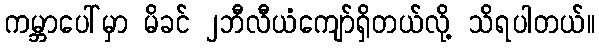
ကမ္ဘာပေါ်မှာ မိခင် ၂ဘီလီယံကျော်ရှိတယ်လို့ သိရပါတယ်။